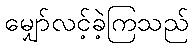
မျှော်လင့်ခဲ့ကြသည်